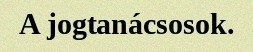
A jogtanácsosok.